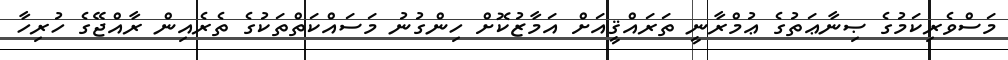
މަސްވެރިކަމުގެ ޞިނާޢަތުގެ ޢުމްރާނީ ތަރައްޤީއަށް އަމާޒުކޮށް ހިންގުނު މަސައްކަތްތަކުގެ ތެރެއިން ރާއްޖޭގެ ހުރިހާ